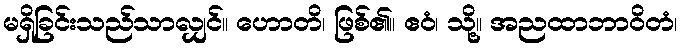
မရှိခြင်းသည်သာလျှင်။ ဟောတိ၊ ဖြစ်၏။ ဧဝံ၊ သို့။ အညထာဘာဝိတံ၊